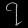
Digit: ၇